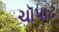
ચૉપાટ